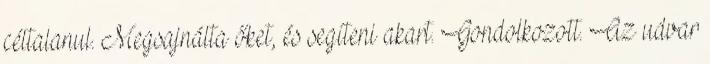
céltalanul. Megsajnálta őket, és segíteni akart. Gondolkozott. Az udvar